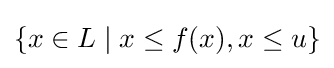
\{x\in L\mid x\leq f(x),x\leq u\}